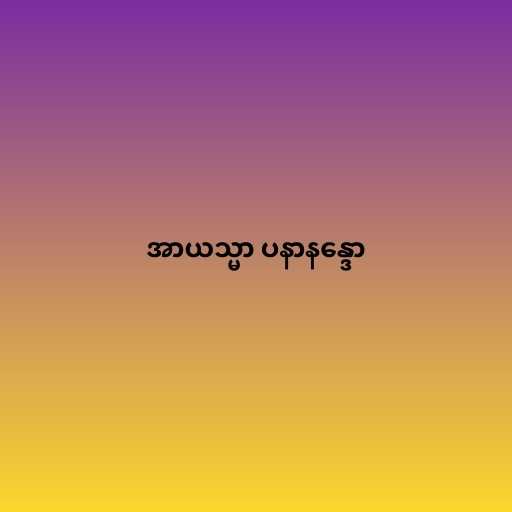
အာယသ္မာ ပနာနန္ဒော